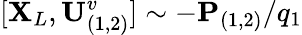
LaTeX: [\mathbf{X}_{L},\mathbf{U}_{(1,2)}^{v}]\sim-\mathbf{P}_{(1,2)}/q_{1}